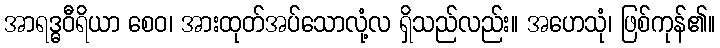
အာရဒ္ဓဝီရိယာ စေဝ၊ အားထုတ်အပ်သောလုံ့လ ရှိသည်လည်း။ အဟေသုံ၊ ဖြစ်ကုန်၏။